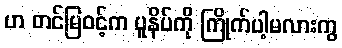
ဟ တင်မြဝင့်က ပူနိပ်ကို ကြိုက်ပါ့မလားကွ